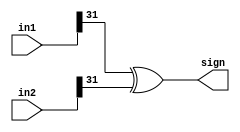
module sign(in1,in2,sign);
input [31:0]in1,in2;
output sign;
xor(sign,in1[31],in2[31]);
endmodule

module adder(in1,in2,out);
input [31:0]in1,in2;
output reg [31:0]out;
reg [7:0]exp1;
reg [7:0]exp2;
reg [7:0]exp;
reg [7:0]intexp1;
reg [7:0]expdiff;
reg [31:0]temp;
reg [23:0]m1;
reg [23:0]m2;
reg [23:0]ms;
reg [23:0]m3;
reg [24:0]sum;
reg [31:0]in11;
reg [31:0]in22;
reg [22:0]check;
sign s1(in1,in2,sign);
always@(*)

begin
 in11=in1;
 in22=in2;

	if(in11>=in22)
		begin
		exp1=in11[30:23];
		exp2=in22[30:23];
		end
	else
		begin
		temp=in11;
		in11=in22;
		in22=temp;
		exp1=in11[30:23];
		exp2=in22[30:23];
		end

//assign 
intexp1=in1[30:23];
//assign
 expdiff=exp1-exp2;
//assign 
m1=in1[22:0];
//assign
m1[23]=1;
 m3[23]=1;
//assign 
m3[22:0]=in2[22:0];


      case (expdiff)
        0: ms=m3;
        1: ms=(m3>>1);
        2: ms=(m3>>2);
        3: ms=(m3>>3);
        4: ms=(m3>>4);
        5: ms=(m3>>5);
        6: ms=(m3>>6);
        7: ms=(m3>>7);
        8: ms=(m3>>8);
        9: ms=(m3>>9);
        10: ms=(m3>>10);
        default: ms = 11'b0;
      endcase
    
			

	sum=ms+m1;
	if(sum[24])
		begin
		out[22:0]=sum[23:1];
		exp=exp1+8'b00000001;
		end
	else
		begin
		out[22:0] = sum[22:0];
		exp=exp1;
		end	
		

//assign 
out[31] = sign;
//assign 
out[30:23] = exp;
end
endmodule